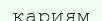
қариям